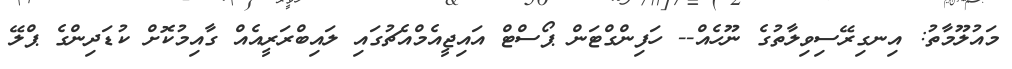
މައުލޫމާތު: އިނގިރޭސިވިލާތުގެ ނޫހެއް-- ހަފިންގްޓަން ޕޯސްޓް އައިޖީއެމްއެޗުގައި ލައިބްރަރީއެއް ގާއިމުކޮށް ކުޑަދިންގެ ޕްލޭ